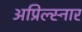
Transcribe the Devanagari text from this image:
अप्रिल्स्नार